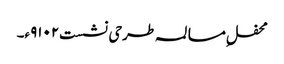
محفلِ مسالمہ طرحی نشست۹۱۰۲ء۔